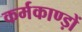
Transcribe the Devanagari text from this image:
कर्मकाण्ड़ों